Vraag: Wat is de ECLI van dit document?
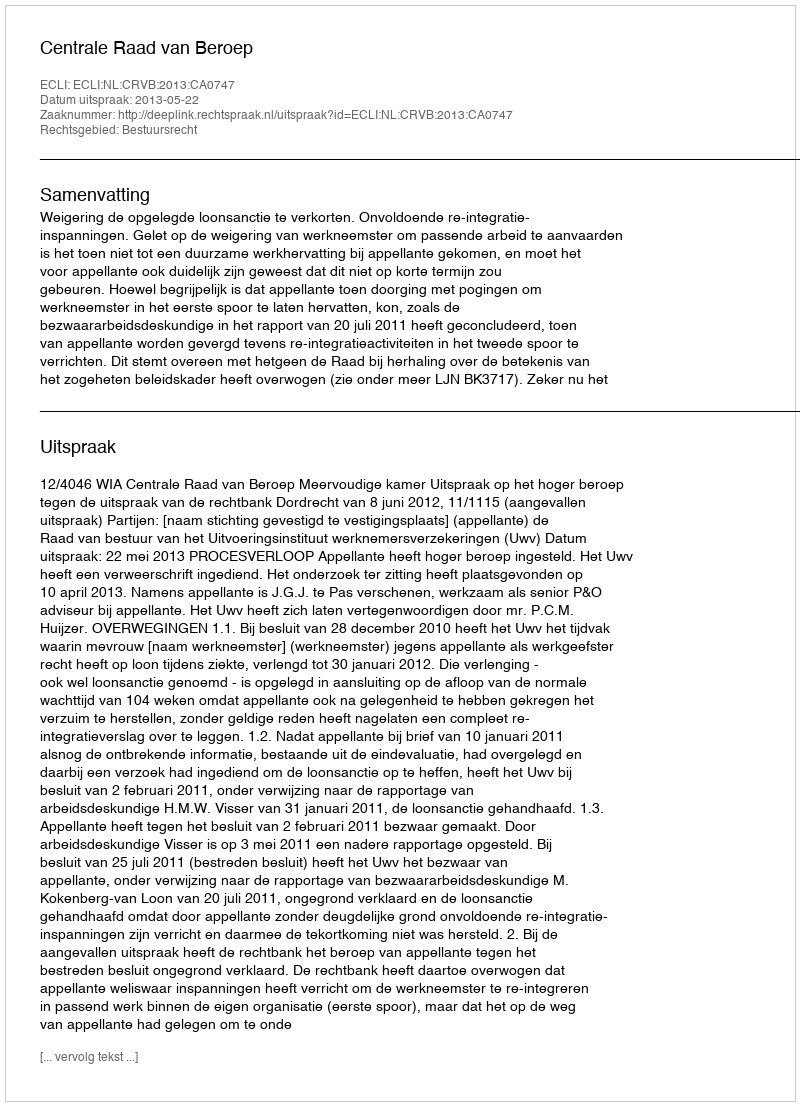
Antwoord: ECLI:NL:CRVB:2013:CA0747